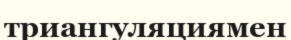
триангуляциямен